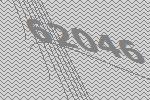
62046